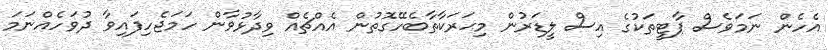
އެހެން ނަމަވެސް ޕާޓީތަކުގެ އިސް ލީޑަރުން މިޙަރަކާތާބެހޭގޮތުން އެއްޗެއް ވިދާޅުވާން ހަމަޖެހިފައިވާ ދުވަހެއްނަމަ